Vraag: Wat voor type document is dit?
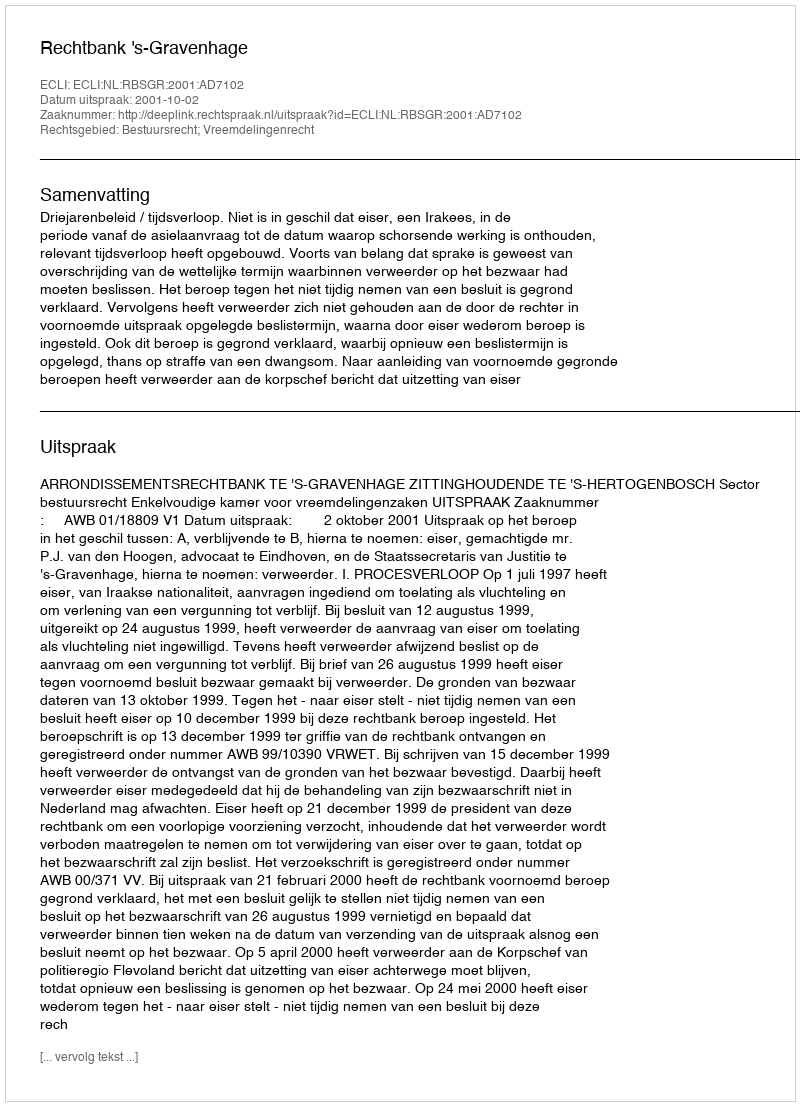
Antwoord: Uitspraak